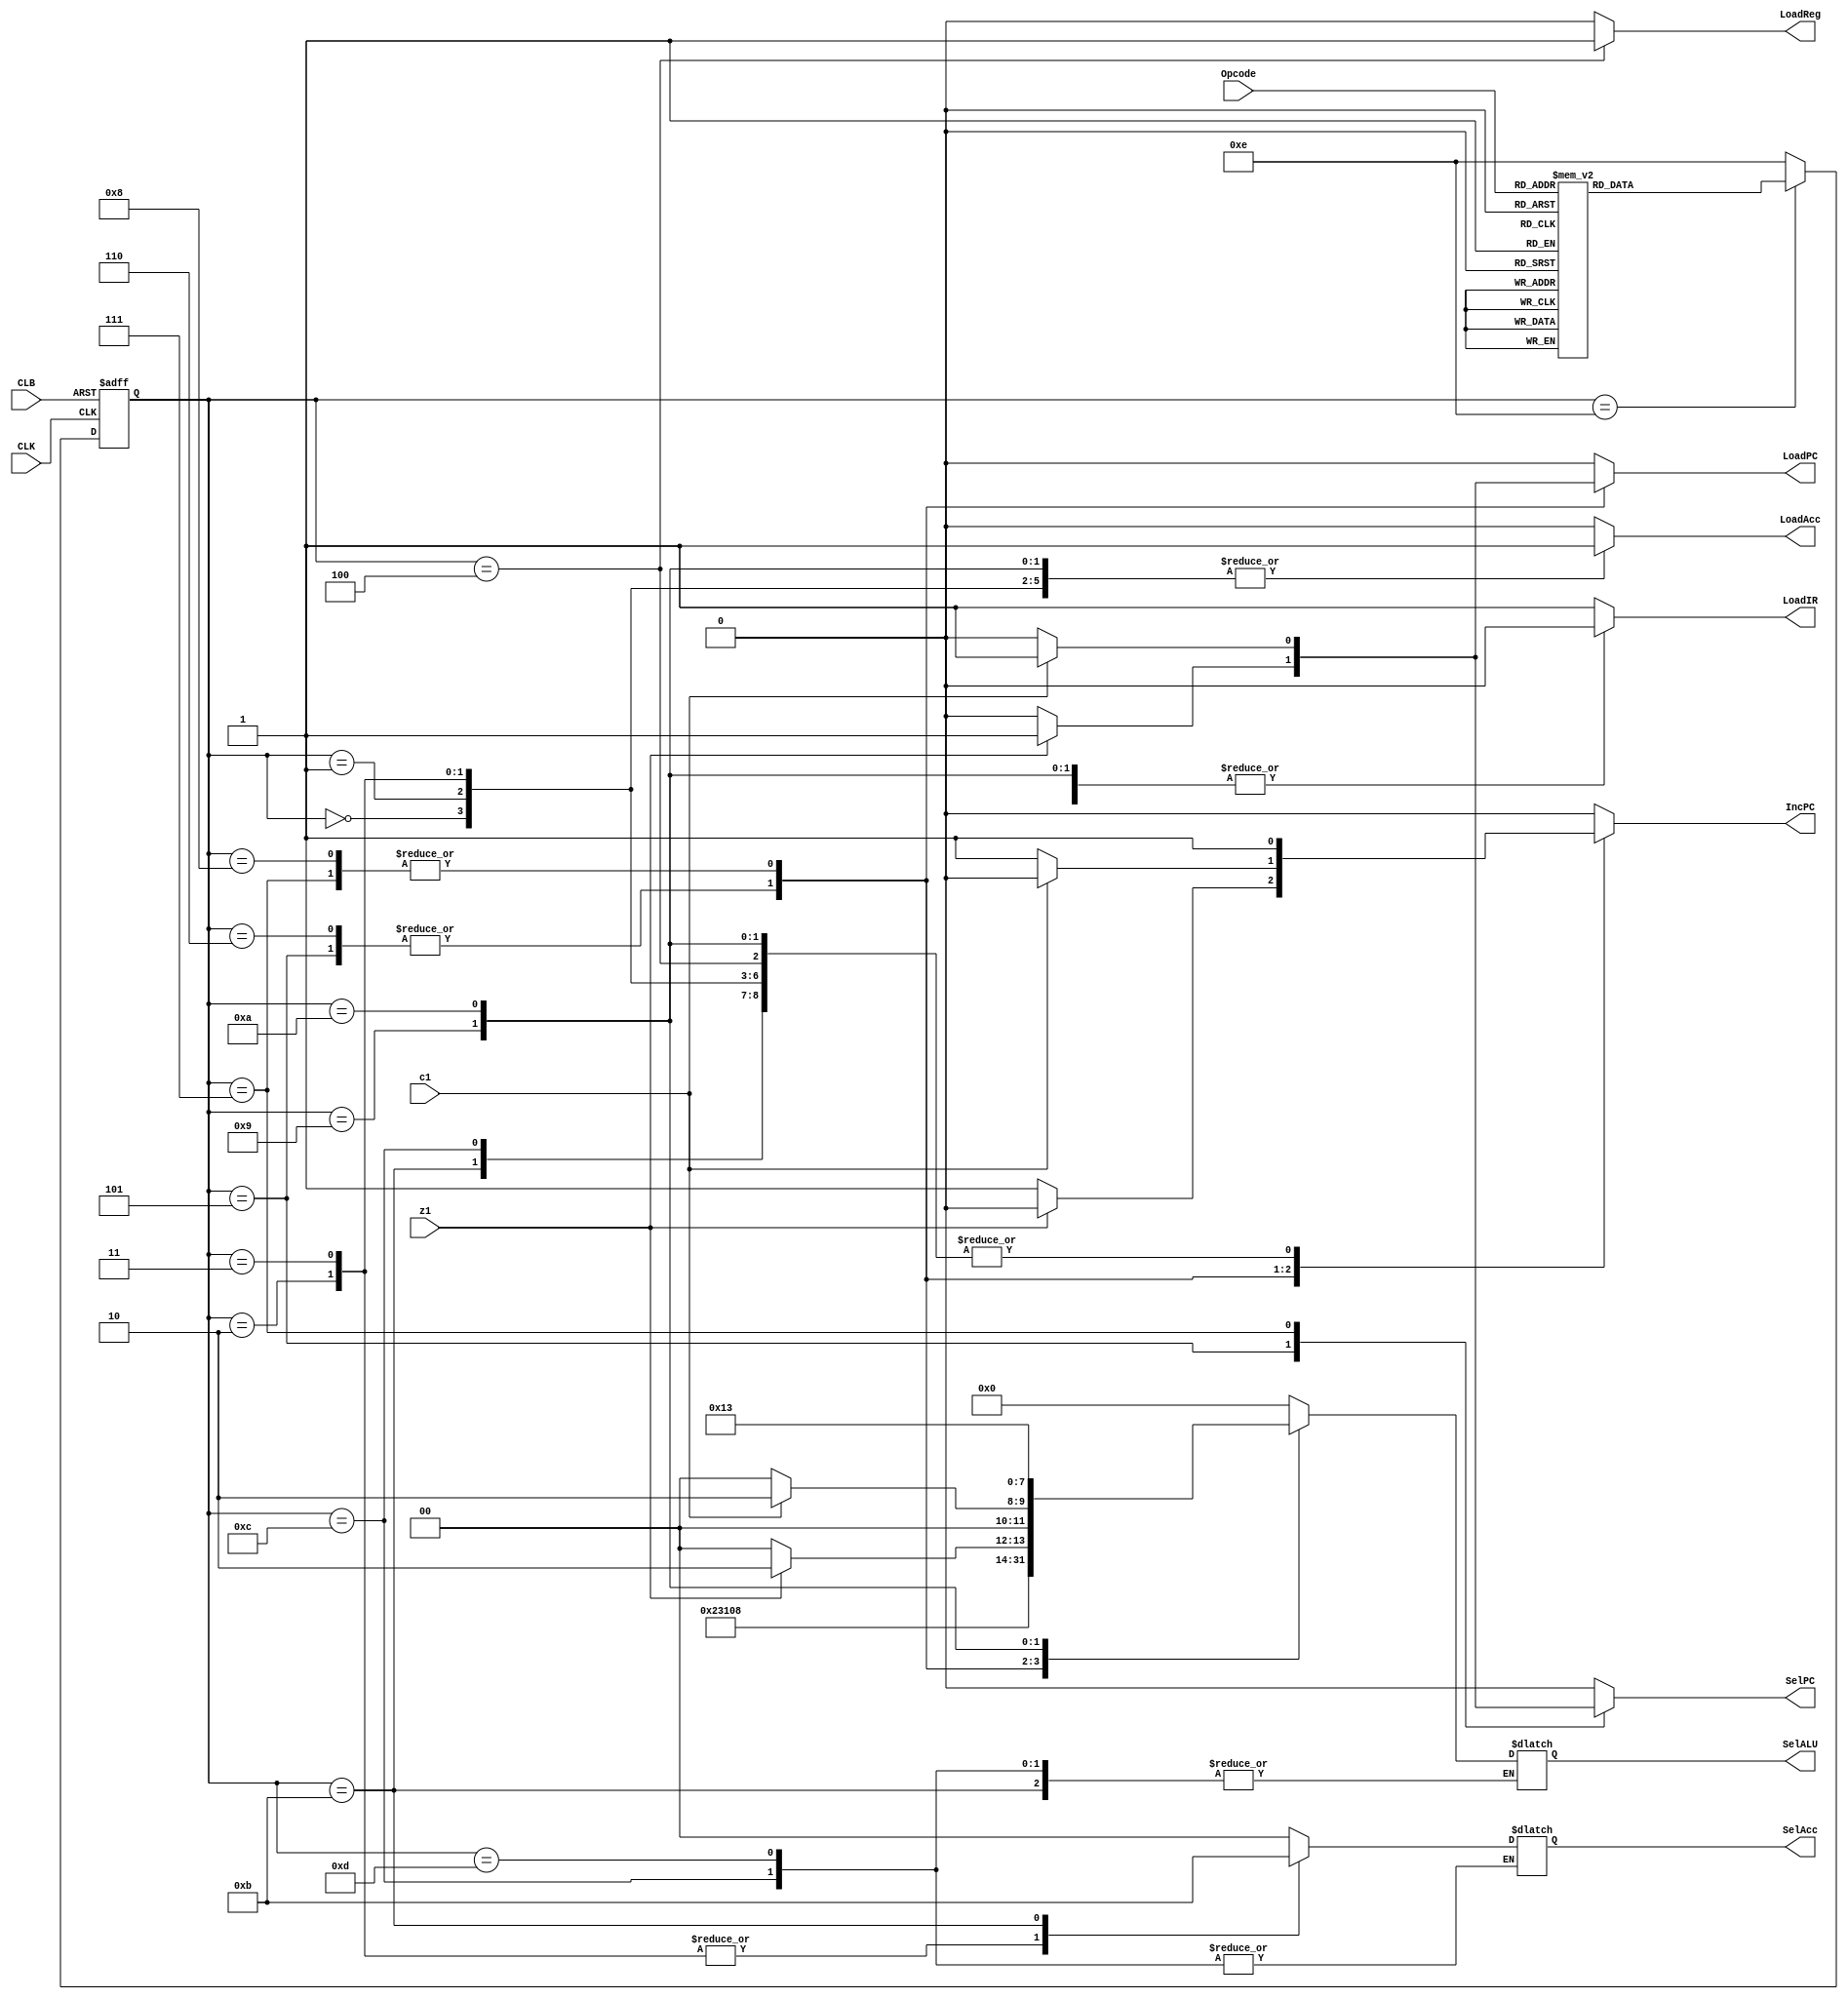
//controller	
module controller(
	input wire z1,
	input wire c1,
	input wire CLK,
	input wire CLB,
	input wire [3:0] Opcode,
	output reg LoadIR,
	output reg IncPC, 
	output reg SelPC,
	output reg LoadPC,
	output reg LoadReg,
	output reg LoadAcc,
	output reg [1:0] SelAcc,
	output reg [3:0] SelALU
);


//set parameters
reg [3:0] current_st, next_st;
parameter       ADD = 4'd0,
		SUB = 4'd1,
		NOR = 4'd2,
		MOVR = 4'd3,
		MOVA = 4'd4,
		JZrs = 4'd5,
		JZimm = 4'd6,
		JCrs = 4'd7,
		JCimm = 4'd8,
		SHL = 4'd9,
		SHR = 4'd10,
		LDimm = 4'd11,
		NOP = 4'd12,
		HALT = 4'd13,
		RESET = 4'd14;

//first cycle, load instruction
always @(posedge CLK or negedge CLB) begin
	if (CLB == 1'b0) begin //reset everything
		current_st <= RESET;
	end
	else 
		current_st <= next_st;
end

//Assign next state based on Opcode //need to have current state in here
always @(*) begin 
if (current_st == RESET)
begin
	case (Opcode)
		4'b0001:begin
			
			next_st <= ADD;
			end
		
		4'b0010:begin
			next_st <= SUB;
			end

		4'b0011:begin
			next_st <= NOR;
			end

		4'b0100:begin
			next_st <= MOVR;
			end

		4'b0101:begin
			next_st <= MOVA;
			end

		4'b0110:begin
			next_st <= JZrs;
			end

		4'b0111:begin
			next_st <= JZimm;
			end

		4'b1000:begin
			next_st <= JCrs;
			end

		4'b1010:begin
			next_st <= JCimm;
			end

		4'b1011:begin
			next_st <= SHL;
			end

		4'b1100:begin
			next_st <= SHR;
			end

		4'b1101:begin
			next_st <= LDimm;
			end

		4'b0000:begin
			next_st <= NOP;
			end

		4'b1111:begin
			next_st <= HALT;
			end
		default:begin
			next_st <= RESET;
			end
	endcase
end
else next_st <= RESET;
end

//execution based on current state // need loadIR state and set all other instructions to zero for load ir, incpc should be 0 in load IR state
always @(*) begin
	case (current_st)
		ADD:begin //add Acc and register
			LoadIR <= 1'b0;
			IncPC <= 1'b1; //increase PC
			SelPC <= 1'b0;
			LoadPC <= 1'b0;
			LoadReg <= 1'b0;
			SelAcc <= 2'b00; //sel0 = 0, sel = 0 (choose output from ALU)
			SelALU <= 4'b1000;
			LoadAcc <= 1'b1;
		end
		SUB:begin //sub Acc and register
			LoadIR <= 1'b0;
			IncPC <= 1'b1; //increase PC
			SelPC <= 1'b0;
			LoadPC <= 1'b0;
			LoadReg <= 1'b0;
			SelAcc <= 2'b00; //sel0 = 0, sel = 0 (choose output from ALU)
			SelALU <= 4'b1100;
			LoadAcc <= 1'b1;
		end
		NOR:begin // Acc nor register
			LoadIR <= 1'b0;
			IncPC <= 1'b1; //increase PC
			SelPC <= 1'b0;
			LoadPC <= 1'b0;
			LoadReg <= 1'b0;
			SelAcc <= 2'b10; //sel0 = 0, sel = 1
			SelALU <= 4'b0100;
			LoadAcc <= 1'b1;
		end
		MOVR:begin //move register to acc
			LoadIR <= 1'b0;
			IncPC <= 1'b1; //increase PC
			SelPC <= 1'b0;
			LoadPC <= 1'b0;
			LoadReg <= 1'b0;
			SelAcc <= 2'b10; //sel0 = 0, sel = 1
			SelALU <= 4'b0000;
			LoadAcc <= 1'b1;
		end
		MOVA:begin //move acc to register
			LoadIR <= 1'b0;
			IncPC <= 1'b1; //increase PC
			SelPC <= 1'b0;
			LoadPC <= 1'b0;
			LoadReg <= 1'b1; //loadReg is on
			SelAcc <= 2'b00; //sel0 = 0, sel = 0
			SelALU <= 4'b0010; //load acc to ALU
			LoadAcc <= 1'b0; //not write to ACC
		end
		JZrs:begin //jump if zero to reg value
			if(z1) begin //if z-flag is 1, previous output is zero
				LoadIR <= 1'b0;
				IncPC <= 1'b0; //don't increase PC
				SelPC <= 1'b1; //select register to PC
				LoadPC <= 1'b1;
				LoadReg <= 1'b0;
				SelAcc <= 2'b00; //sel0 = 0, sel = 0, select signal from ALU to acc
				SelALU <= 4'b0010;//load acc to ALU
				LoadAcc <= 1'b0; //don't load the accumulator
			end
			else begin
				LoadIR <= 1'b0;
				IncPC <= 1'b1; // increase PC
				SelPC <= 1'b0; //select register to PC
				LoadPC <= 1'b0;
				LoadReg <= 1'b0;
				SelAcc <= 2'b00; //sel0 = 0, sel = 0, select signal from ALU to acc
				SelALU <= 4'b0000;//load acc to ALU
				LoadAcc <= 1'b0; //don't load the accumulator
			end
		end
		JZimm:begin //jump if zero to immediate value
			if(z1) begin //if z-flag is 1, previous output is zero
				LoadIR <= 1'b0;
				IncPC <= 1'b0; //don't increase PC
				SelPC <= 1'b0; //select immediate to PC
				LoadPC <= 1'b1;
				LoadReg <= 1'b0;
				SelAcc <= 2'b00; //sel0 = 0, sel = 0, select signal from ALU to acc
				SelALU <= 4'b0010;//load acc to ALU
				LoadAcc <= 1'b0; //don't load the accumulator
			end
			else begin
				LoadIR <= 1'b0;
				IncPC <= 1'b1; // increase PC
				SelPC <= 1'b0; //select register to PC
				LoadPC <= 1'b0;
				LoadReg <= 1'b0;
				SelAcc <= 2'b00; //sel0 = 0, sel = 0, select signal from ALU to acc
				SelALU <= 4'b0000;//load acc to ALU
				LoadAcc <= 1'b0; //don't load the accumulator
			end
		end
		JCrs:begin //jump if carry to reg value
			if(c1) begin //if c-flag is 1
				LoadIR <= 1'b0;
				IncPC <= 1'b0; //don't increase PC
				SelPC <= 1'b1; //select register to PC
				LoadPC <= 1'b1;
				LoadReg <= 1'b0;
				SelAcc <= 2'b00; //sel0 = 0, sel = 0, select signal from ALU to acc
				SelALU <= 4'b0010;//load acc to ALU
				LoadAcc <= 1'b0; //don't load the accumulator
			end
			else begin
				LoadIR <= 1'b0;
				IncPC <= 1'b1; //increase PC
				SelPC <= 1'b0; //select register to PC
				LoadPC <= 1'b0;
				LoadReg <= 1'b0;
				SelAcc <= 2'b00; //sel0 = 0, sel = 0, select signal from ALU to acc
				SelALU <= 4'b0000;//load acc to ALU
				LoadAcc <= 1'b0; //don't load the accumulator
			end
		end
		JCimm:begin //jump if carry to imm value
			if(c1) begin //if c-flag is 1
				LoadIR <= 1'b0;
				IncPC <= 1'b0; //don't increase PC
				SelPC <= 1'b0; //select immediate to PC
				LoadPC <= 1'b1;
				LoadReg <= 1'b0;
				SelAcc <= 2'b00; //sel0 = 0, sel = 0, select signal from ALU to acc
				SelALU <= 4'b0010;//load acc to ALU
				LoadAcc <= 1'b0; //don't load the accumulator
			end
			else begin
				LoadIR <= 1'b0;
				IncPC <= 1'b1; // increase PC
				SelPC <= 1'b0; //select register to PC
				LoadPC <= 1'b0;
				LoadReg <= 1'b0;
				SelAcc <= 2'b00; //sel0 = 0, sel = 0, select signal from ALU to acc
				SelALU <= 4'b0000;//load acc to ALU
				LoadAcc <= 1'b0; //don't load the accumulator
			end
		end
		SHL:begin //shift left acc
			LoadIR <= 1'b0;
			IncPC <= 1'b1; //increase PC
			SelPC <= 1'b0;
			LoadPC <= 1'b0;
			LoadReg <= 1'b0;
			SelAcc <= 2'b00; //sel0 = 0, sel = 0
			SelALU <= 4'b0001; //shift left acc value
			LoadAcc <= 1'b1;
		end
		SHR:begin //shift left acc
			LoadIR <= 1'b0;
			IncPC <= 1'b1; //increase PC
			SelPC <= 1'b0;
			LoadPC <= 1'b0;
			LoadReg <= 1'b0;
			SelAcc <= 2'b00; //sel0 = 0, sel = 0
			SelALU <= 4'b0011; //shift right acc value
			LoadAcc <= 1'b1;
		end
		LDimm:begin //load imm to acc
			LoadIR <= 1'b0;
			IncPC <= 1'b1; //increase PC
			SelPC <= 1'b0;
			LoadPC <= 1'b0;
			LoadReg <= 1'b0;
			SelAcc <= 2'b11; //sel0 = 1, sel = 1
			LoadAcc <= 1'b1;
		end		
		NOP:begin //do nothing but increase PC
			LoadIR <= 1'b0;
			IncPC <= 1'b1; //increase PC
			SelPC <= 1'b0;
			LoadPC <= 1'b0;
			LoadReg <= 1'b0;
			LoadAcc <= 1'b0;
		end	
		HALT:begin //do nothing nothing
			LoadIR <= 1'b0;
			IncPC <= 1'b0; 
			SelPC <= 1'b0;
			LoadPC <= 1'b0;
			LoadReg <= 1'b0;
			LoadAcc <= 1'b0;
		end	
		RESET:begin //make all 0//change name to LoadIR
			LoadIR <= 1'b1;//load instruction
			IncPC <= 1'b0; 
			SelPC <= 1'b0;
			LoadPC <= 1'b0;
			LoadReg <= 1'b0; 
			SelAcc <= 2'b00; 
			SelALU <= 4'b0000; 
			LoadAcc <= 1'b0;
		end
		default:begin
			LoadIR <= 1'b1;//load instruction
			IncPC <= 1'b0; 
			SelPC <= 1'b0;
			LoadPC <= 1'b0;
			LoadReg <= 1'b0; 
			SelAcc <= 2'b00; 
			SelALU <= 4'b0000; 
			LoadAcc <= 1'b0;
		end
	endcase
end
endmodule